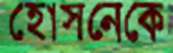
হোসনেকে